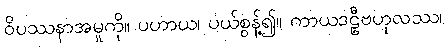
ဝိပဿနာအမှုကို။ ပဟာယ၊ ပယ်စွန့်၍။ ကာယဒဠှီဗဟုလဿ၊